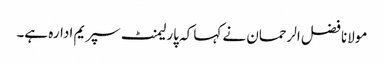
مولانا فضل الرحمان نے کہا کہ پارلیمنٹ سپریم ادارہ ہے۔